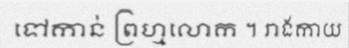
ទៅកាន់ ព្រហ្មលោក ។ រាងកាយ